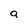
Character: q